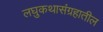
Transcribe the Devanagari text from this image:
लघुकथासंग्रहातील